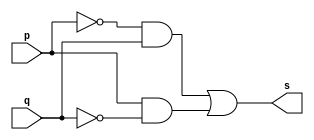
// Exercicio 6 - XOR  
// Nome: Thaise Souto Martins

// ------------------------- 
// -- xor gate 
// ------------------------- 
module xorgate (output s, input p, input q);  
	assign s = (~p)&q | p&(~q); 
endmodule 

// ------------------------- 
// -- test xor gate 
// ------------------------- 
module testxorgate; 
	reg a,b; 	 
	wire s; 
	xorgate XOR1 (s, a, b); 
	
	initial begin:start 
		a=0;b=0; // valor inicial 
	end 

	initial begin:main 
		$display("Exercicio 6 - Thaise Souto Martins - 395504"); 
		$display("Test XOR Gate:"); 
		$display("\na ~| b = s\n");
		$monitor("%b ~| %b = %b", a,b,s);
		#1 a=0; b=0; 
		#1 a=0; b=1;
		#1 a=1; b=0;  
		#1 a=1; b=1; 
	end 
endmodule